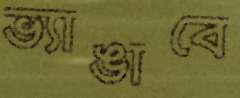
ভ্যাঙাবে